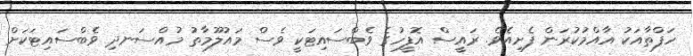
ހަފްތާއަކު އާއްމުކުރަން ފެށިއެވެ. ރައީސް އޮފީހުގެ ވެބްސައިޓަކީ ވެސް މައުލޫމާތު މުއްސަނދި ވެބްސައިޓަކަށް